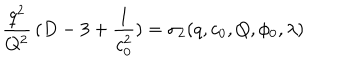
LaTeX: { \frac { q ^ { 2 } } { Q ^ { 2 } } } \, ( D - 3 + { \frac { 1 } { c _ { 0 } ^ { 2 } } } ) = \sigma _ { 2 } ( q , c _ { 0 } , Q , \phi _ { 0 } , \lambda )